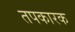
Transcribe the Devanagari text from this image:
तपकारक